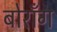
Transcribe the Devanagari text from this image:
बोराँग